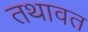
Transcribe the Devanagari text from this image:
तथावत